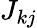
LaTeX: J_{kj}